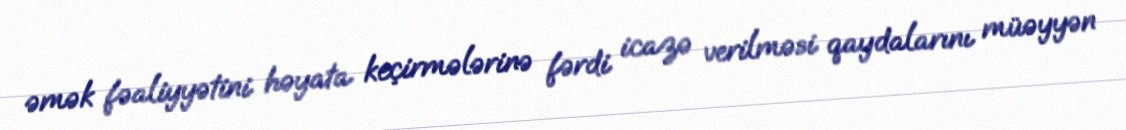
əmək fəaliyyətini həyata keçirmələrinə fərdi icazə verilməsi qaydalarını müəyyən